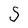
Character: S